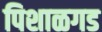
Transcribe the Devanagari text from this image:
पिशाळगड